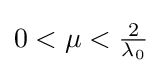
{\textstyle 0<\mu <{\frac {2}{\lambda _{0}}}}